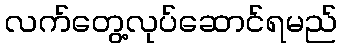
လက်တွေ့လုပ်ဆောင်ရမည်